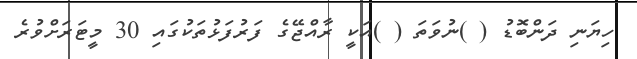
ހިޔަނި ދަންބޮޑު ( )ނުވަތަ ( )އަކީ ރާއްޖޭގެ ފަރުފަޅުތަކުގައި 30 މީޓަރަށްވުރެ